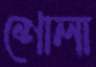
শোলা